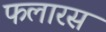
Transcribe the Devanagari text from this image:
फलारस